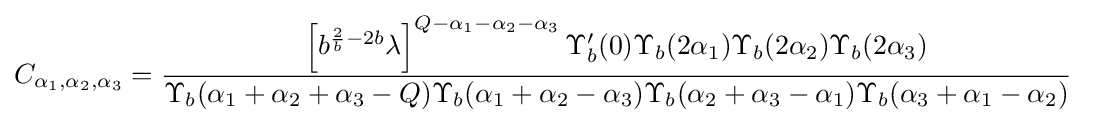
C_{\alpha _{1},\alpha _{2},\alpha _{3}}={\frac {\left[b^{{\frac {2}{b}}-2b}\lambda \right]^{Q-\alpha _{1}-\alpha _{2}-\alpha _{3}}\Upsilon _{b}'(0)\Upsilon _{b}(2\alpha _{1})\Upsilon _{b}(2\alpha _{2})\Upsilon _{b}(2\alpha _{3})}{\Upsilon _{b}(\alpha _{1}+\alpha _{2}+\alpha _{3}-Q)\Upsilon _{b}(\alpha _{1}+\alpha _{2}-\alpha _{3})\Upsilon _{b}(\alpha _{2}+\alpha _{3}-\alpha _{1})\Upsilon _{b}(\alpha _{3}+\alpha _{1}-\alpha _{2})}}\